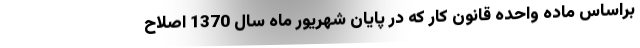
براساس ماده واحده قانون کار که در پایان شهریور ماه سال 1370 اصلاح